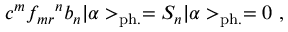
c ^ { m } { f _ { m r } } ^ { n } b _ { n } | \alpha > _ { \mathrm { p h . } } = S _ { n } | \alpha > _ { \mathrm { p h . } } = 0 ~ ,